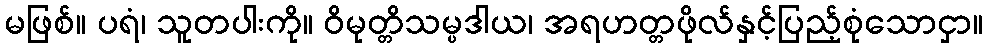
မဖြစ်။ ပရံ၊ သူတပါးကို။ ဝိမုတ္တိသမ္ပဒါယ၊ အရဟတ္တဖိုလ်နှင့်ပြည့်စုံသောငှာ။